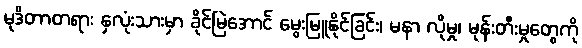
မုဒိတာတရား နှလုံးသားမှာ ခိုင်မြဲအောင် မွေးမြူနိုင်ခြင်း၊ မနာ လိုမှု၊ မုန်းတီးမှုတွေကို